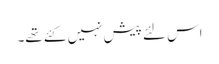
اس لئے پیش نہیں کئے تھے۔